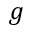
g